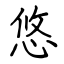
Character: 悠